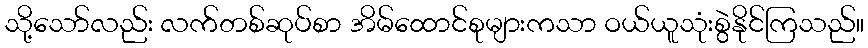
သို့သော်လည်း လက်တစ်ဆုပ်စာ အိမ်ထောင်စုများကသာ ဝယ်ယူသုံးစွဲနိုင်ကြသည်။